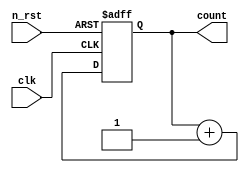
module b_cnt( 
    input clk,
    input n_rst,
   
   output reg [3:0] count
    
);

always @(posedge clk or negedge n_rst) begin
    if(!n_rst) begin
        count <= 4'h0000;
    end
    else begin
        count <= count + 4'h0001;
    end
end 

endmodule